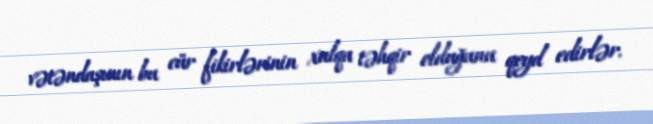
vətəndaşının bu cür fikirlərinin xalqa təhqir olduğunu qeyd edirlər.